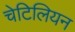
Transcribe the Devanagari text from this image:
चेटिलियन